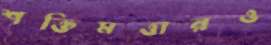
শক্তিমত্তারও